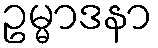
ဥမ္မာဒနာ